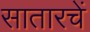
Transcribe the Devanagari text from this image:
सातारचें